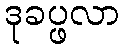
ဒုခပ္ဖလာ